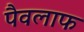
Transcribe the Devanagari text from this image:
पैवलाफ